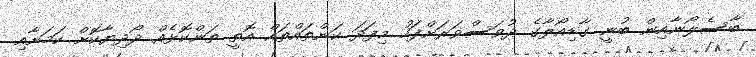
ބާސެލޯނާއިން ބުނީ ގާޑިއޯލާގެ ދުވަސްވަރަށްފަހު މިފަދަ ކަންތައްތައް އޮތީ ތަންކޮޅެއް ދޯދިޔާކޮށް ކަމަށާއި